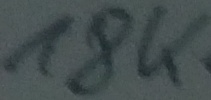
Text: 18K